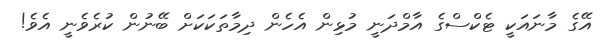
އޭގެ މާނައަކީ ޓެކްސްގެ އާމްދަނީ މުޅިން އެހެން ދިމާތަކަކަށް ބޭނުން ކުރެވެނީ އެވެ!